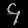
Digit: ၄